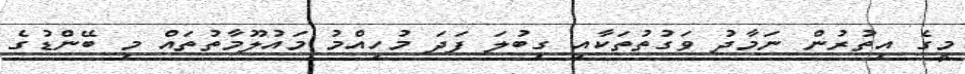
މީގެ އިތުރުން ނަމާދު ވަގުތުތަކާއި ގިބުލަ ފަދަ މުހިއްމު މައުލޫމާތުތައް މި ބޭންޑުގެ